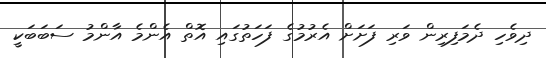
ދިވެހި ދެމަފިރިން ވަރި ފަށަށް އެރުމުގެ ފަހަތުގައި އޮތް އެންމެ އާންމު ސަބަބަކީ